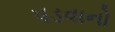
પડવાનો